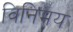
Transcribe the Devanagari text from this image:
विनिमय